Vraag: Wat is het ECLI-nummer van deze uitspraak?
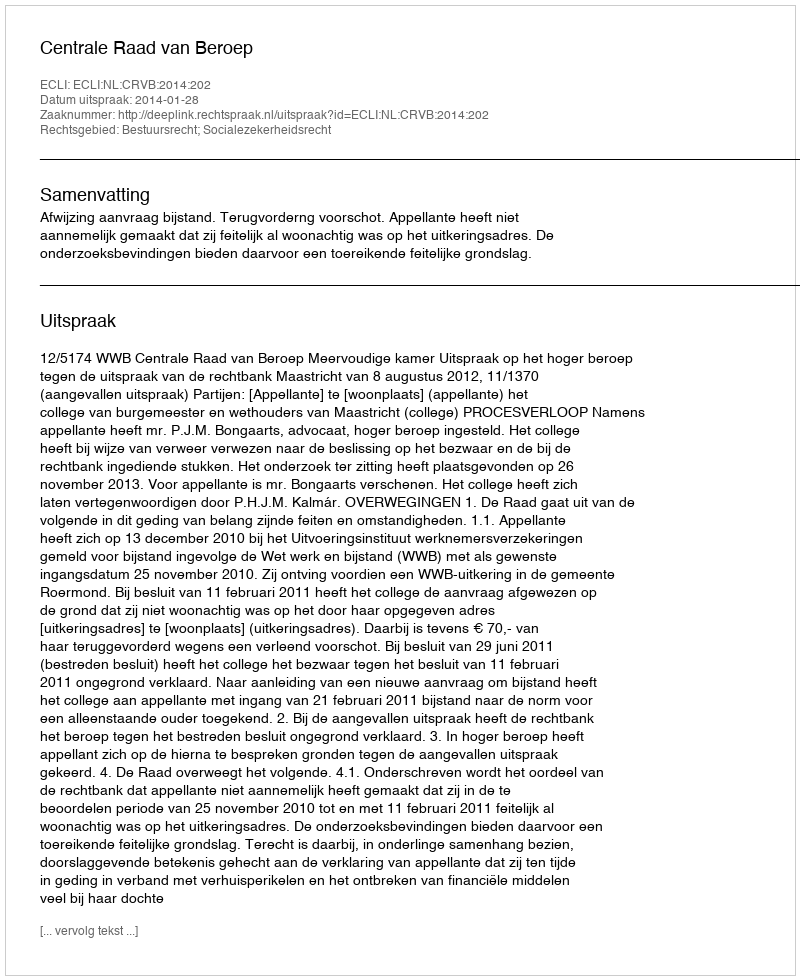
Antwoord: ECLI:NL:CRVB:2014:202